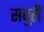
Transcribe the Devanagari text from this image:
सबुरी